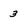
Character: 3